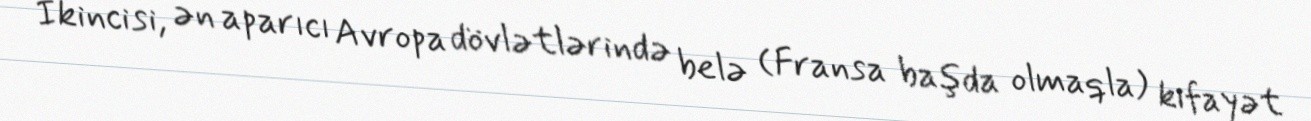
İkincisi, ən aparıcı Avropa dövlətlərində belə (Fransa başda olmaqla) kifayət